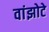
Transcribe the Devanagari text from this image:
वांझोटे